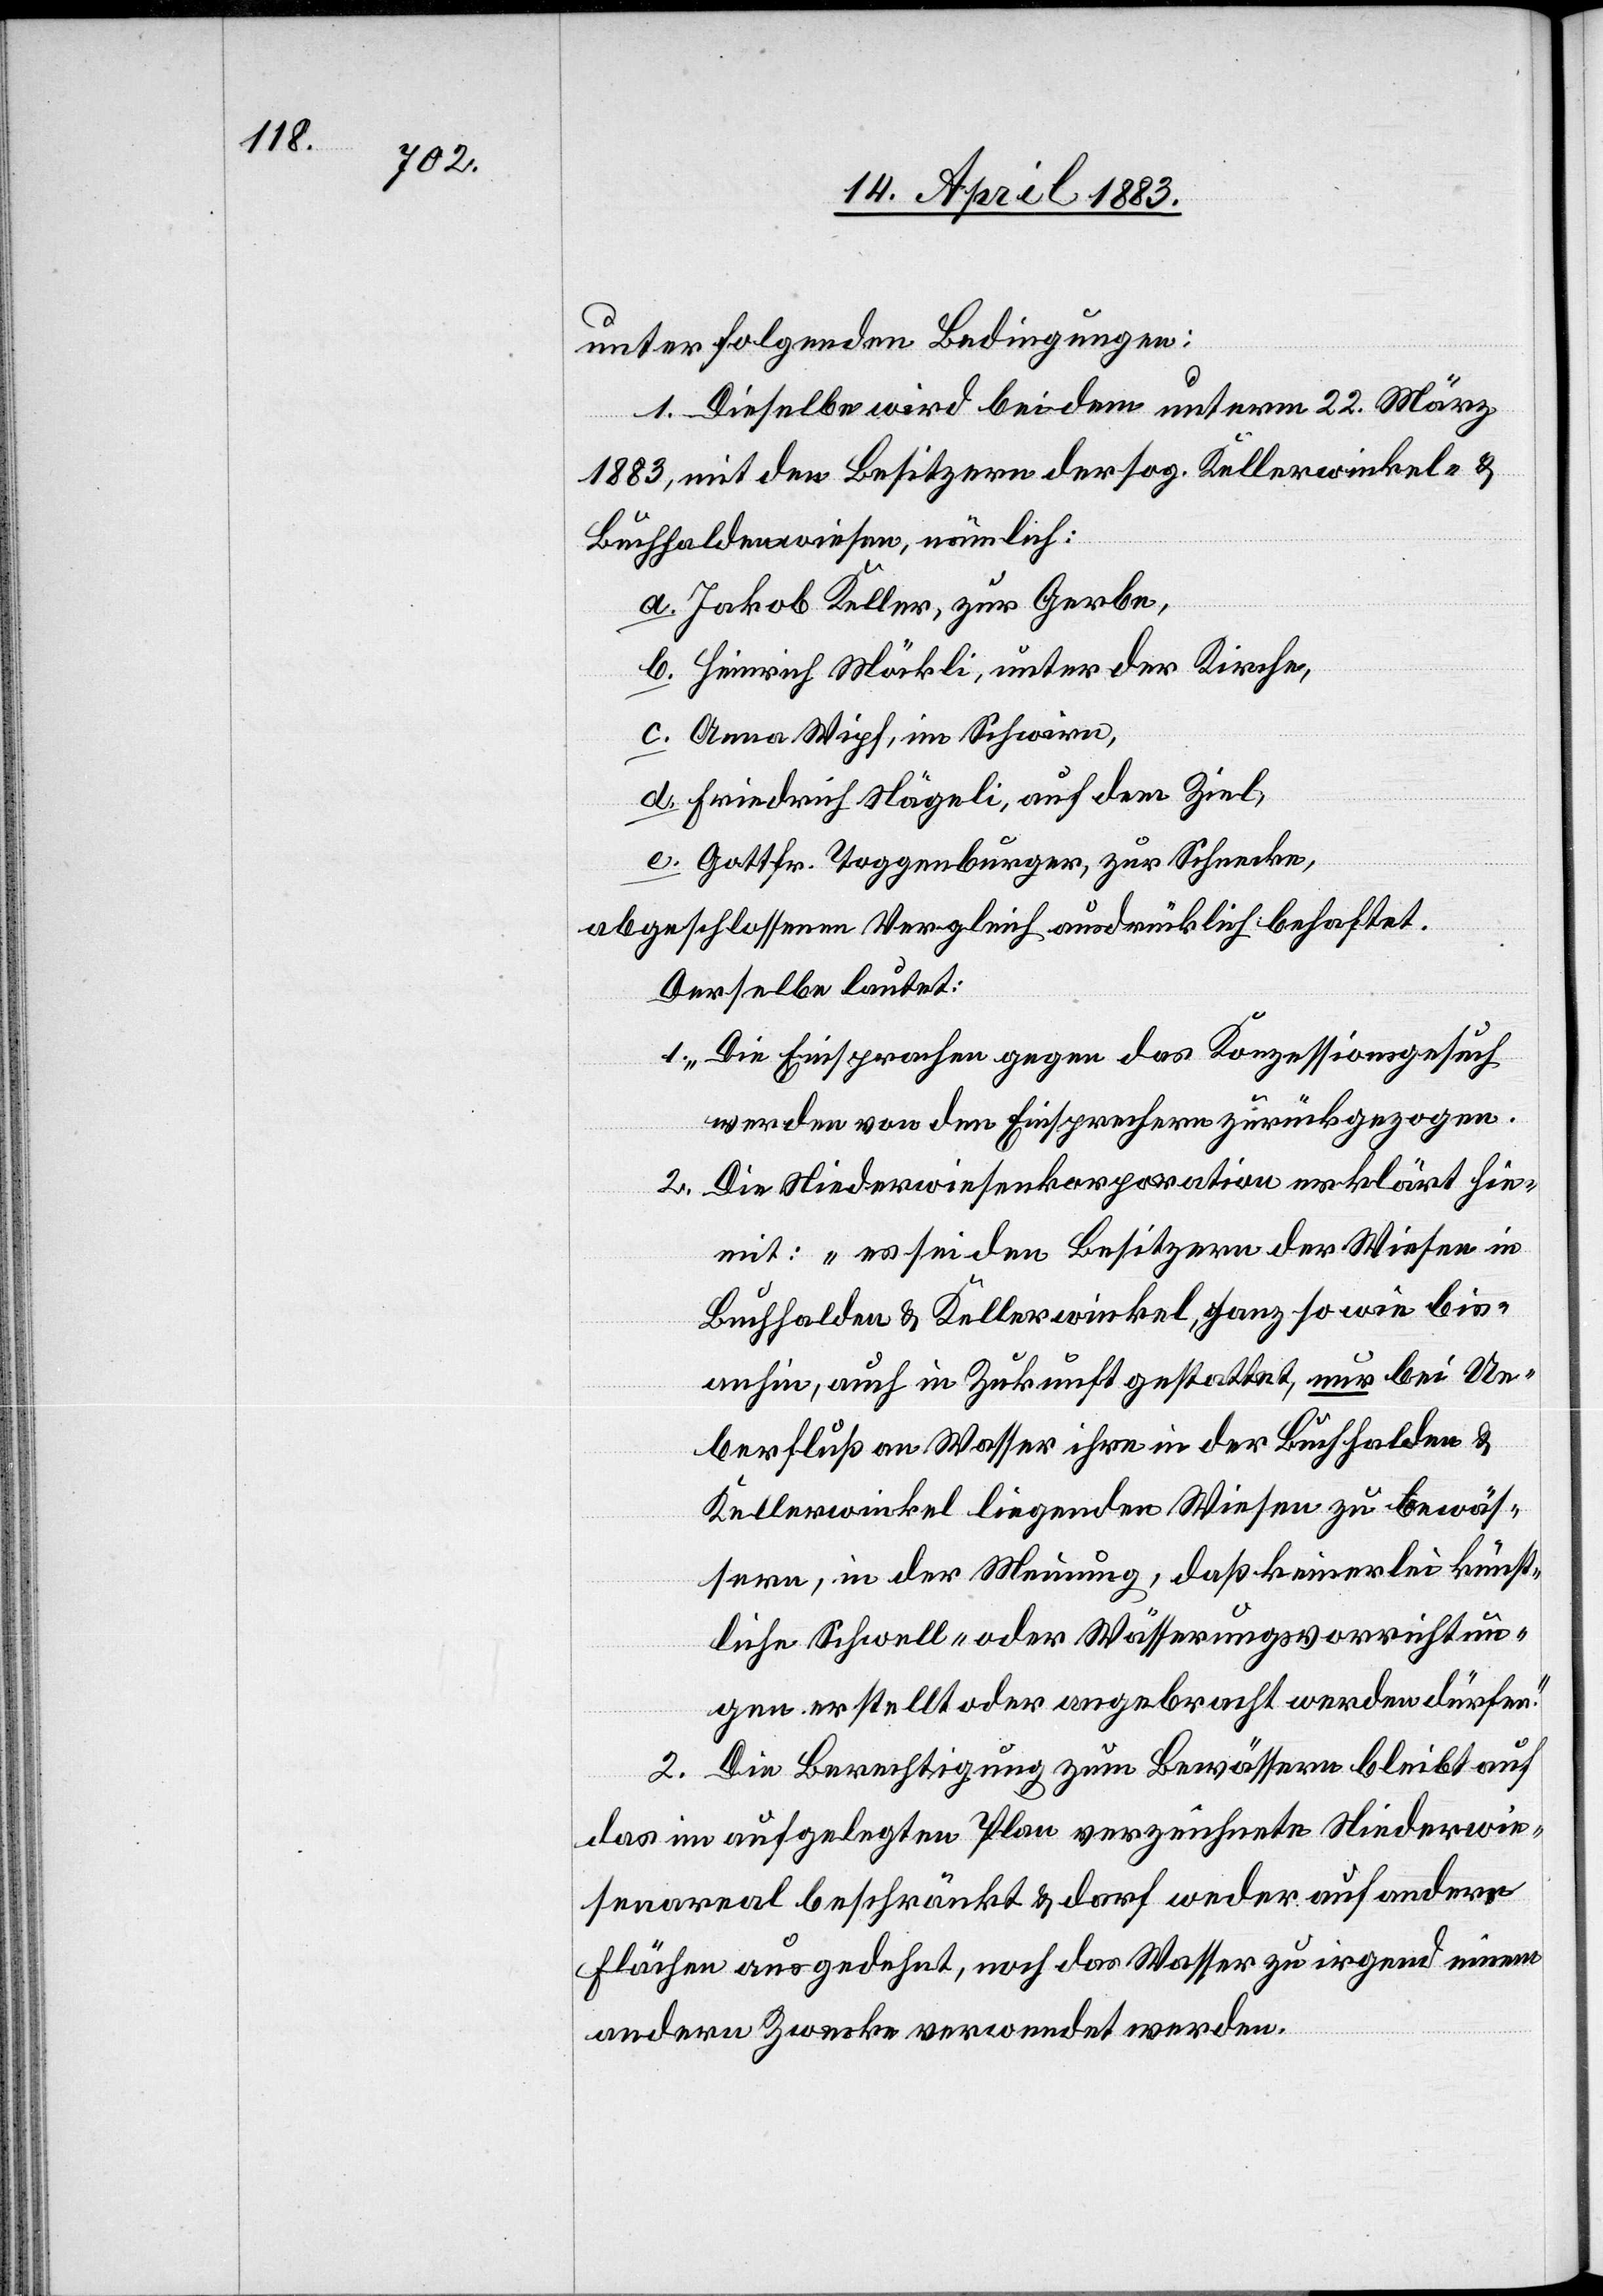
unter folgenden Bedingungen:
1. Dieselbe wird bei dem unterm 22. März
1883, mit den Besitzern der sog. Kellerwinkel- &
Buchhaldenwiesen, nämlich:
a. Jakob Keller, zur Gerbe,
b. Heinrich Möckli, unter der Kirche,
c. Anna Wipf, im Schwirn,
d. Friedrich Nägeli, auf dem Ziel,
e. Gottfr. Toggenburger, zur Schnecke,
abgeschlossenen Vergleich ausdrücklich behaftet.
Derselbe lautet:
1. „Die Einsprachen gegen das Konzessionsgesuch
werden von den Einsprechern zurückgezogen.
2. Die Niederwiesenkorporation erklärt hie¬
mit: „es sei den Besitzern der Wiesen in
Buchhalden & Kellerwinkel, ganz so wie bis¬
anhin, auch in Zukunft gestattet, nur bei Ue¬
berfluß an Wasser ihre in der Buchhalden &
Kellerwinkel liegenden Wiesen zu bewäs¬
sern, in der Meinung, daß keinerlei künst¬
liche Schwell- oder Wässerungsvorrichtun¬
gen erstellt oder angebracht werden dürfen.“
2. Die Berechtigung zum Bewässern bleibt auf
das im aufgelegten Plan verzeichneten Niederwie¬
senareal beschränkt & darf weder auf andere
Flächen ausgedehnt, noch das Wasser zu irgend einem
andern Zwecke verwendet werden.